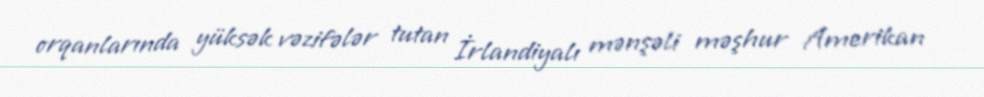
orqanlarında yüksək vəzifələr tutan İrlandiyalı mənşəli məşhur Amerikan